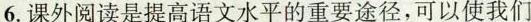
6.课外阅读是提高语文水平的重要途径，可以使我们